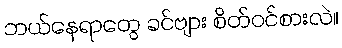
ဘယ်နေရာတွေ ခင်ဗျား စိတ်ဝင်စားလဲ။